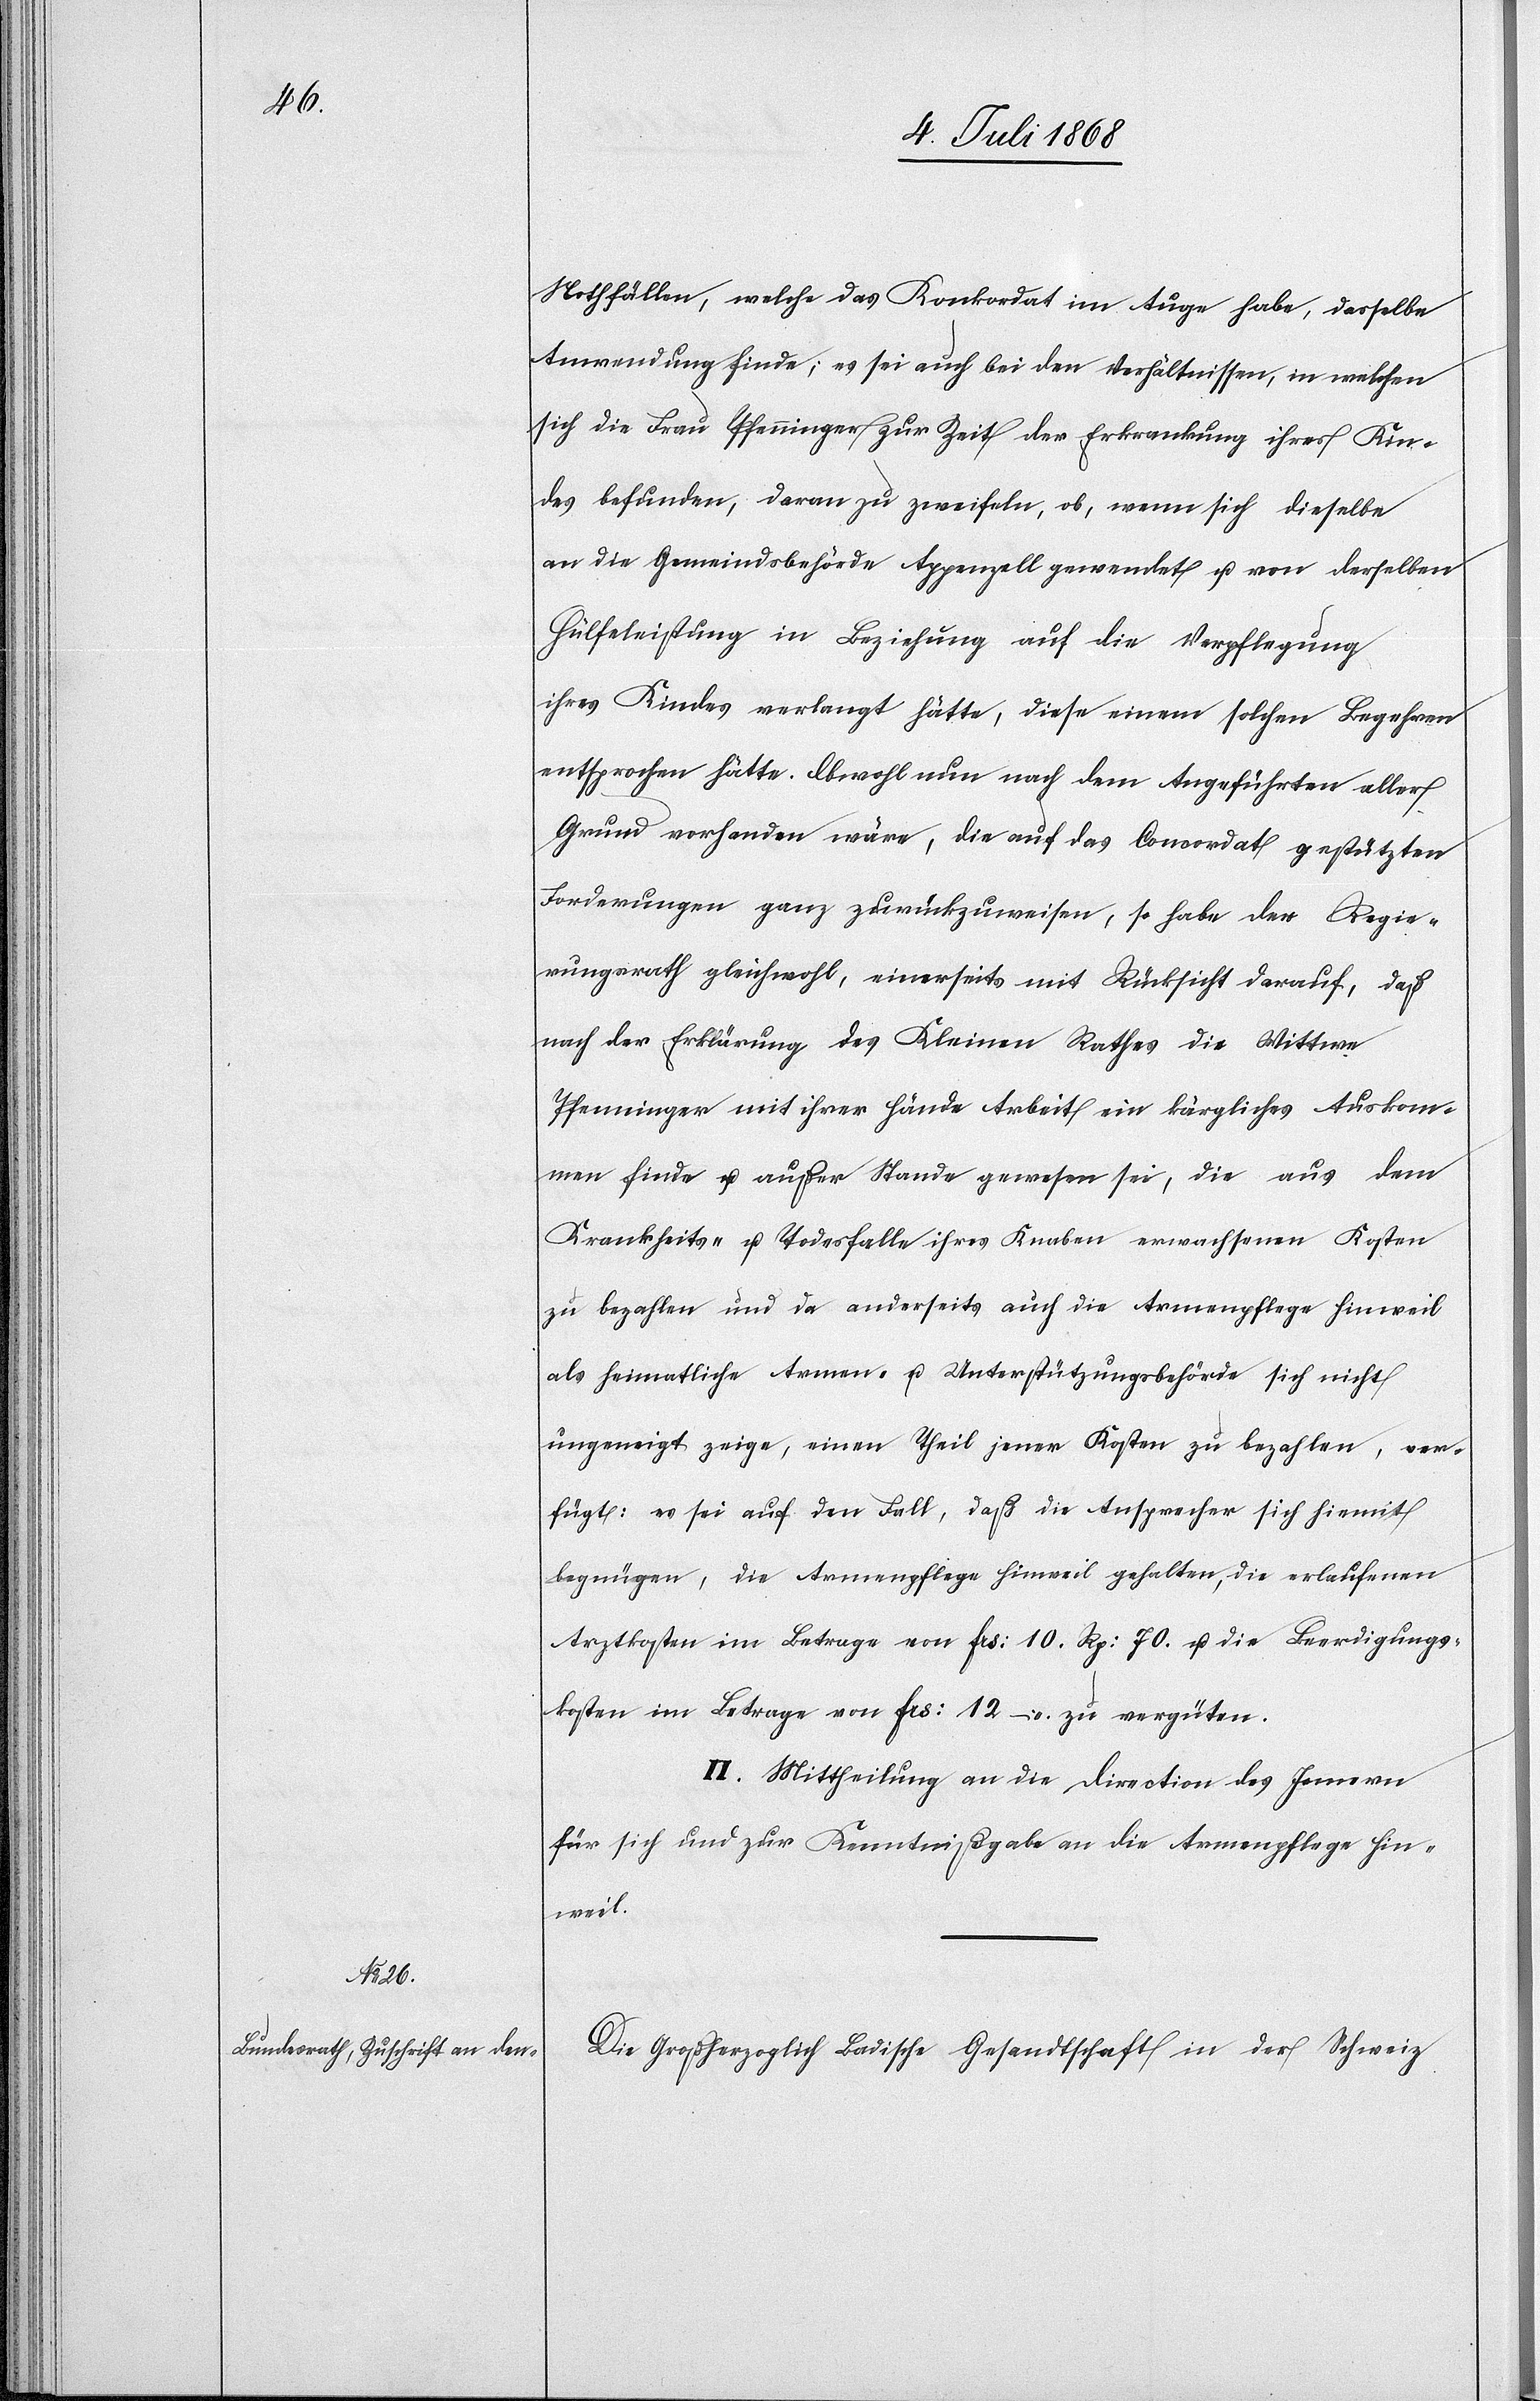
Nothfällen, welche das Konkorat im Auge habe, dasselbe
Anwendung finde; es sei auch bei den Verhältnissen, in welchen
sich die Frau Pfenninger zur Zeit der Erkrankung ihres Kin¬
des befunden, daran zu zweifeln, ob, wenn sich dieselbe
an die Gemeindsbehörde Appenzell gewendet u. von derselben
Hülfeleistung in Beziehung auf die Verpflegung
ihres Kindes verlangt hätte, diese einem solchen Begehren
entsprochen hätte. Obwohl nun nach dem Angeführten aller
Grund vorhanden wäre, die auf das Concordat gestützten
Forderungen ganz zurückzuweisen, so habe der Regie¬
rungsrath gleichwohl, einerseits mit Rücksicht darauf, daß
nach der Erklärung des Kleinen Rathes die Wittwe
Pfenninger mit ihrer Hände Arbeit ein kärgliches Auskom¬
men finde u. außer Stande gewesen sei, die aus dem
Krankheits- u. Todesfalle ihres Knaben erwachsenen Kosten
zu bezahlen und da anderseits auch die Armenpflege Hinweil
als heimatliche Armen- u. Unterstützungsbehörde sich nicht
ungeneigt zeige, einen Theil jener Kosten zu bezahlen, ver¬
fügt: es sei auf den Fall, daß die Ansprecher sich hiemit
begnügen, die Armenpflege Hinweil gehalten, die erlaufenen
Arztkosten im Betrage von Frs: 10. Rp: 70. u. die Beerdigungs¬
kosten im Betrage von Frs: 12 – zu vergüten.
II. Mittheilung an die Direction des Innern
für sich und zur Kenntnißgabe an die Armenpflege Hin¬
weil.
Die Großherzoglich Badische Gesandtschaft in der Schweiz